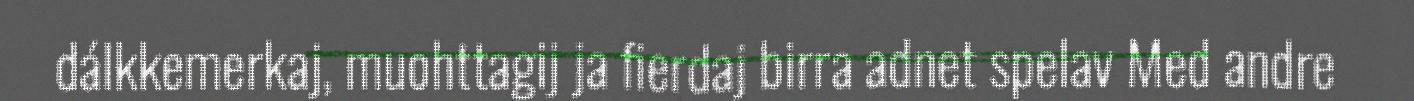
dálkkemerkaj, muohttagij ja fierdaj birra adnet spelav Med andre